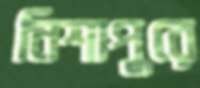
নিশাপুরে